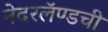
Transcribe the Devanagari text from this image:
नेदरलॅण्डची